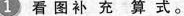
1看图补充算式。